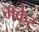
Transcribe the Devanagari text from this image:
मकेर